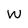
Character: w